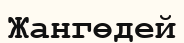
Жангөдей